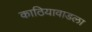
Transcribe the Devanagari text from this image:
काठियावाडला